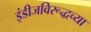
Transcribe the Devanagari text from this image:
इंडीजविरूद्धच्या